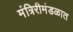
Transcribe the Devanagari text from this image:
मंत्रिरीमंडळात